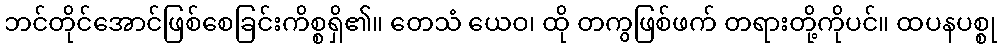
ဘင်တိုင်အောင်ဖြစ်စေခြင်းကိစ္စရှိ၏။ တေသံ ယေဝ၊ ထို တကွဖြစ်ဖက် တရားတို့ကိုပင်။ ထပနပစ္စု